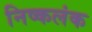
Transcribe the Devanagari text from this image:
निष्‍कलंक